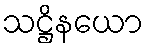
သဋ္ဌိနယော